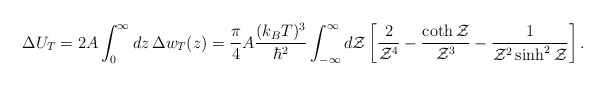
\begin{align*}\Delta U_T= 2 A \int_0^{\infty} dz\, \Delta w_T(z)= {\pi\over 4} A {(k_B T)^3\over \hbar^2}\int_{-\infty}^{\infty} d{\cal Z} \left[ {2\over {\cal Z}^4}-{\coth{\cal Z}\over {\cal Z}^3}-{1\over {\cal Z}^2\sinh^2{\cal Z}}\right].\end{align*}